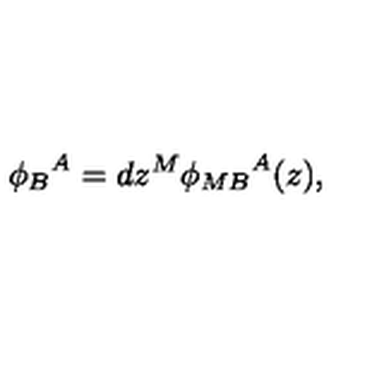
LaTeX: { \phi _ { B } } ^ { A } = d z ^ { M } { \phi _ { M B } } ^ { A } ( z ) ,